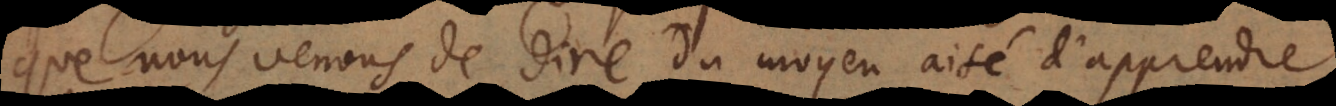
que nous venons de dire du moyen aisé d’apprendre